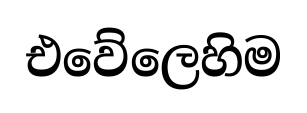
එවේලෙහිම